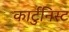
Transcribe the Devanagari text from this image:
कार्टुनिस्ट